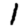
Digit: 1